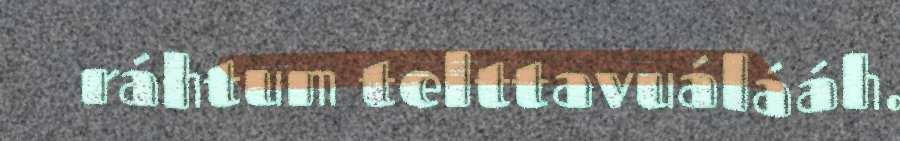
ráhtum telttavuálááh.